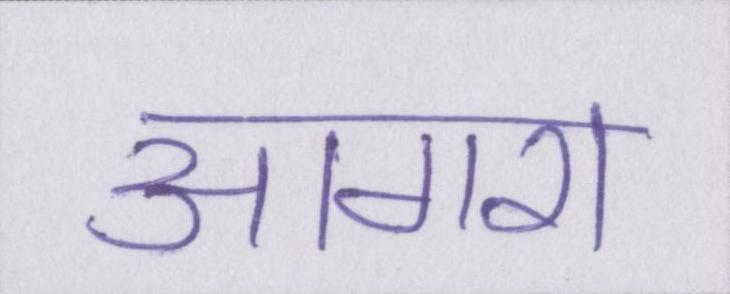
आगरा